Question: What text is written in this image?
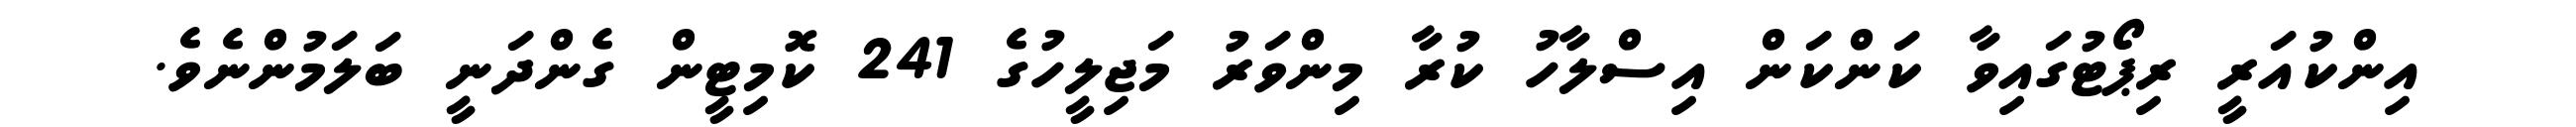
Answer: އިންކުއަރީ ރިޕޯޓުގައިވާ ކަންކަން އިސްލާހު ކުރާ މިންވަރު މަޖިލީހުގެ 241 ކޮމިޓީން ގެންދަނީ ބަލަމުންނެވެ.